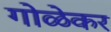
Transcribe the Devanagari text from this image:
गोळेकर